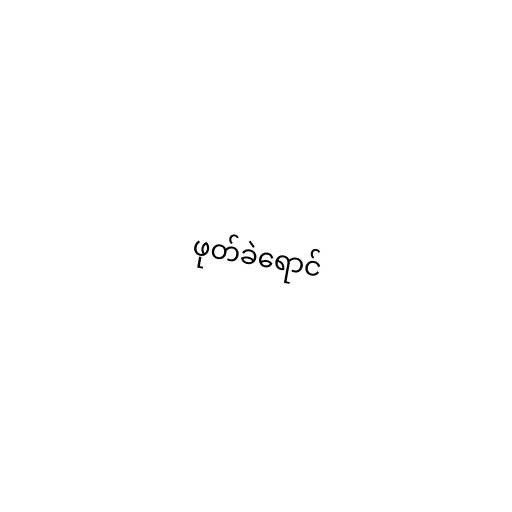
ဖုတ်ခဲရောင်